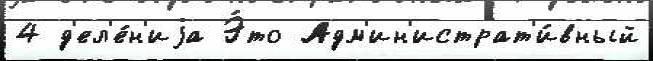
4 д'ел'е́н'иjа Э́то Адм'ин'истрат'и́вный